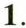
1.